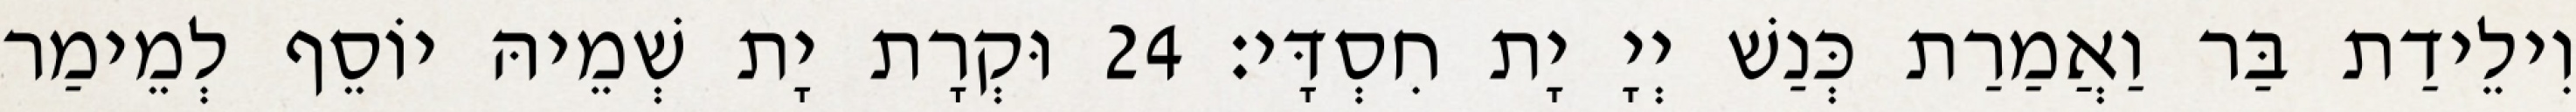
וִילֵידַת בַּר וַאֲמַרַת כְּנַשׁ יְיָ יָת חִסְדָּי׃ 24 וּקְרָת יָת שְׁמֵיהּ יוֹסֵף לְמֵימַר